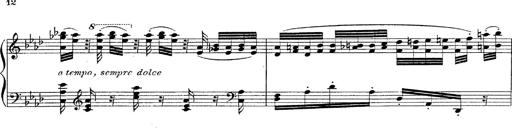
Title: Fantasie Ã¼ber Themen aus Mozarts Figaro und Don Giovanni
Composer: Franz Liszt